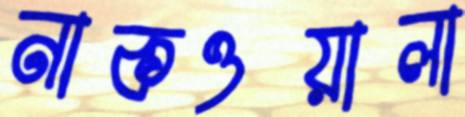
নাকওয়ালা